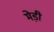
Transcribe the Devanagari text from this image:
मेड़ी